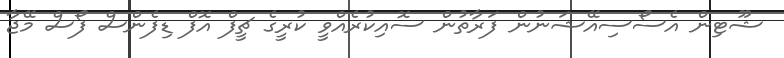
ޝޫޓިން އެސޯސިއޭޝަނުން ފަރާތުން ސޮއިކުރެއްވީ ކުރީގެ ޗީފް އޮފް ޑިފެންސް ފޯސް މޭޖާ